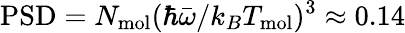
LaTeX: \mathrm{PSD}=N_{\mathrm{mol}}(\hbar\bar{\omega}/k_{B}T_{\mathrm{mol}})^{3}\approx 0.14